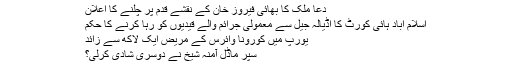
دعا ملک کا بھائی فیروز خان کے نقشے قدم پر چلنے کا اعلان
اسلام آباد ہائی کورٹ کا اڈیالہ جیل سے معمولی جرائم والے قیدیوں کو رہا کرنے کا حکم
یورپ میں کورونا وائرس کے مریض ایک لاکھ سے زائد
سپر ماڈل آمنہ شیخ نے دوسری شادی کرلی؟